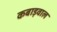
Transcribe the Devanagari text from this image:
कबाड़वाल